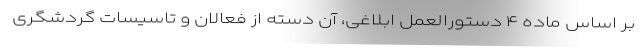
بر اساس ماده ۴ دستورالعمل ابلاغی، آن دسته از فعالان و تاسیسات گردشگری